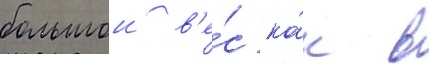
большои в'е́с ка́к в